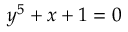
y ^ { 5 } + x + 1 = 0